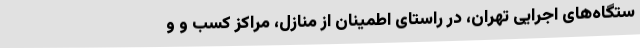
ستگاه‌های اجرایی تهران، در راستای اطمینان از منازل، مراکز کسب و و